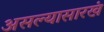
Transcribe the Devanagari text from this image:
असल्यासारखं